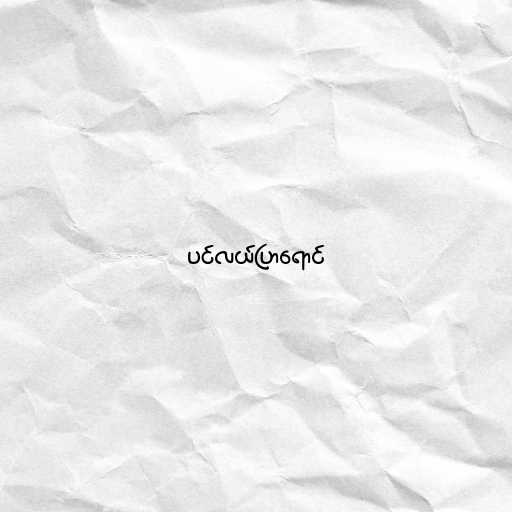
ပင်လယ်ပြာရောင်